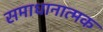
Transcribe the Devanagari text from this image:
समाधानात्मक